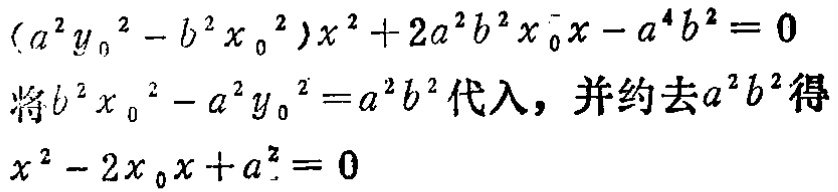
\((a^{2}y_{0}^{2}-b^{2}x_{0}^{2})x^{2}+2a^{2}b^{2}x_{0}x - a^{4}b^{2}=0\)
将\(b^{2}x_{0}^{2}-a^{2}y_{0}^{2}=a^{2}b^{2}\)代入，并约去\(a^{2}b^{2}\)得
\(x^{2}-2x_{0}x + a^{2}=0\)